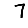
Digit: 7